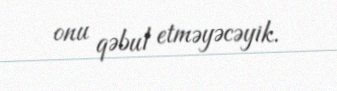
onu qəbul etməyəcəyik.